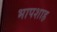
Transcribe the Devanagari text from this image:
भापशाह